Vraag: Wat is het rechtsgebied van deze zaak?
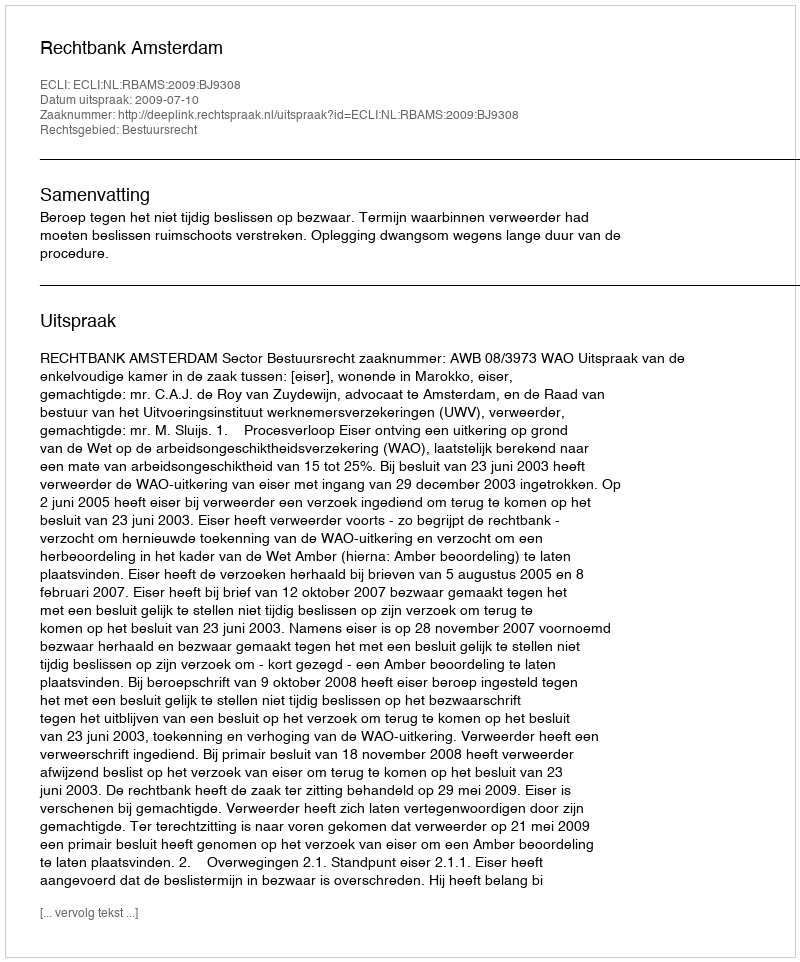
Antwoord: Bestuursrecht